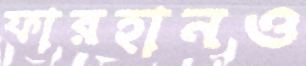
ফারহানও